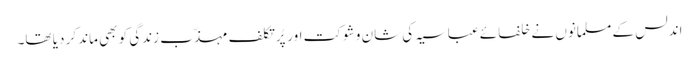
اندلس کے مسلمانوں نے خلفائے عباسیہ کی شان و شوکت اور پُرتکلف مہذّب زندگی کو بھی ماند کر دیا تھا۔